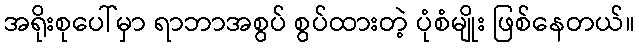
အရိုးစုပေါ်မှာ ရာဘာအစွပ် စွပ်ထားတဲ့ ပုံစံမျိုး ဖြစ်နေတယ်။